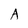
Character: A